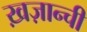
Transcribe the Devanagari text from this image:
ख़ज़ान्ची